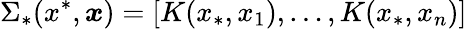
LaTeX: \Sigma_{*}(x^{*},\boldsymbol{x})=\left[K(x_{*},x_{1}),\dots,K(x_{*},x_{n})\right]